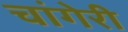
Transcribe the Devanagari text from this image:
चांगेरी